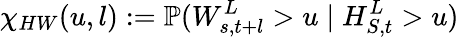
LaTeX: \chi_{HW}(u,l):=\mathbb{P}(W_{s,t+l}^{L}>u\mid H_{S,t}^{L}>u)